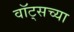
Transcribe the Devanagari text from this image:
वॉट्सच्या